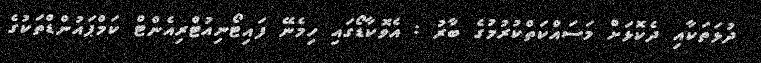
ދުޅަތަކާއި ދެކޮޅަށް މަސައްކަތްކުރުމުގެ ބާރު : އެވޮކާޑޯގައި ހިމެނޭ ފައިޓޯނިއުޓްރިއެންޓް ކަމްޕައުންޑްތަކުގެ